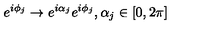
e ^ { i \phi _ { j } } \to e ^ { i \alpha _ { j } } e ^ { i \phi _ { j } } , \alpha _ { j } \in [ 0 , 2 \pi ]